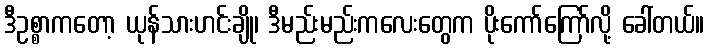
ဒီဥစ္စာကတော့ ယုန်သားဟင်းချို၊ ဒီမည်းမည်းကလေးတွေက ပိုးကော်ကြော်လို့ ခေါ်တယ်။